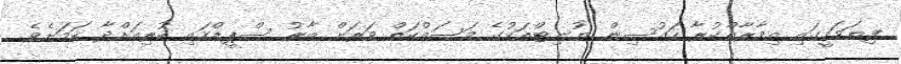
ފިޔަަވަހީގައި އިމާރާތްކުރާ ހައުސިން ޔުނިޓްތަކުގެ މަސައްކަތް ވަރަށް ބާރު ސްޕީޑްގައި ކުރިއަށްދާ ކަމަށެވެ.